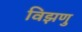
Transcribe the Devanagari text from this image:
विझणु